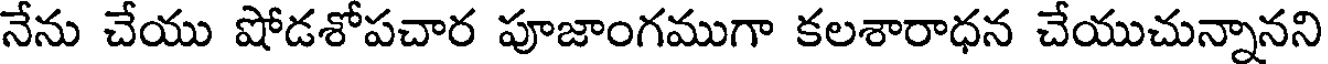
నేను చేయు షోడశోపచార పూజాంగముగా కలశారాధన చేయుచున్నానని